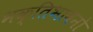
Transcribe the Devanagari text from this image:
भक्तिभावनो